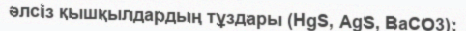
әлсіз қышқылдардың тұздары (HgS, AgS, BaCO3);